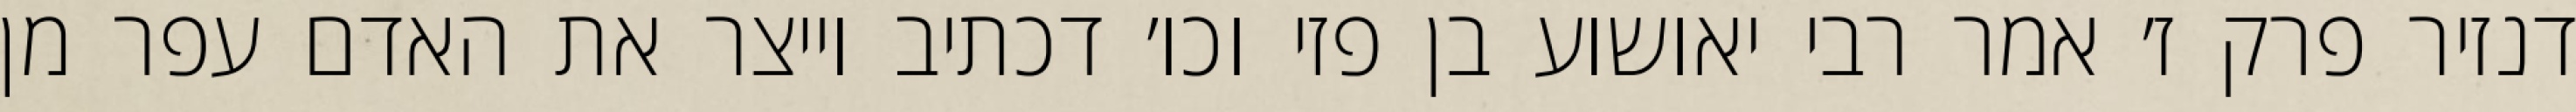
דנזיר פרק ז׳ אמר רבי יאושוע בן פזי וכו׳ דכתיב וייצר את האדם עפר מן